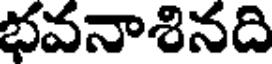
భవనాశినది